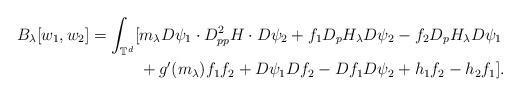
\begin{align*}B_{\lambda}[w_1,w_2]=\int_{\mathbb{T}^d}[&m_{\lambda}D\psi_1\cdot D^2_{pp}H \cdot D\psi_2+f_1D_pH_{\lambda}D\psi_2-f_2D_pH_{\lambda}D\psi_1\\&+g'(m_{\lambda})f_1f_2+D\psi_1Df_2-Df_1D\psi_2+h_1f_2 -h_2f_1].\end{align*}